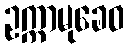
ဥက္ကာမုခေဝ